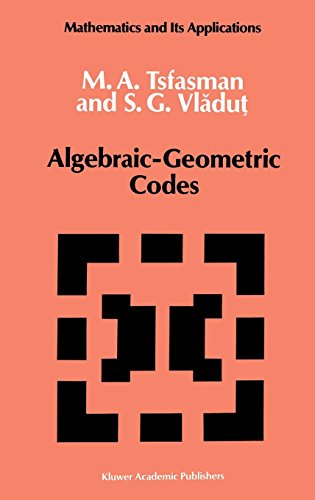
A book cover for Algebraic-Geometric Codes (Mathematics and its Applications); M. Tsfasman; Computers & Technology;